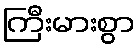
ကြီးမားစွာ